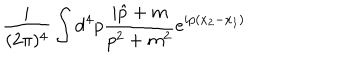
LaTeX: \frac { i } { ( 2 \pi ) ^ { 4 } } \int { \mathrm d } ^ { 4 } p \frac { i \hat { p } + m } { p ^ { 2 } + m ^ { 2 } } e ^ { i p ( x _ { 2 } - x _ { 1 } ) }